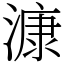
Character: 漮